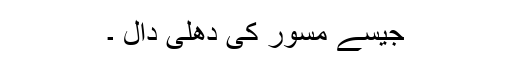
جیسے مسور کی دھلی دال ۔